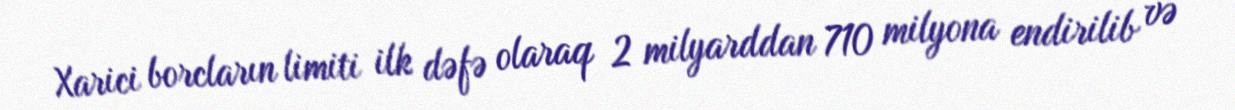
Xarici borcların limiti ilk dəfə olaraq 2 milyarddan 710 milyona endirilib və